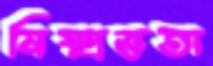
নিষ্প্রভতা